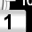
Digit: 1